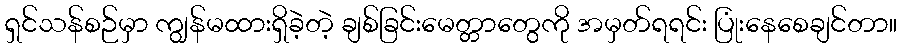
ရှင်သန်စဉ်မှာ ကျွန်မထားရှိခဲ့တဲ့ ချစ်ခြင်းမေတ္တာတွေကို အမှတ်ရရင်း ပြုံးနေစေချင်တာ။